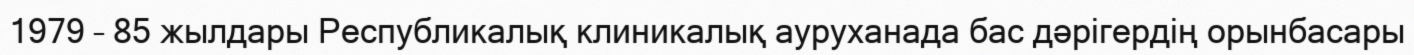
1979 – 85 жылдары Республикалық клиникалық ауруханада бас дәрігердің орынбасары